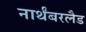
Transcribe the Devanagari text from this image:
नार्थंबरलैड